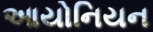
આયોનિયન